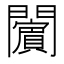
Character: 𨷚